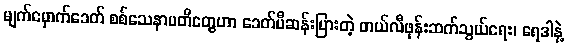
မျက်မှောက်ခေတ် စစ်သေနာပတိတွေဟာ ခေတ်မီဆန်းပြားတဲ့ တယ်လီဖုန်းဆက်သွယ်ရေး၊ ရေဒါနဲ့